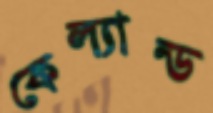
কেল্যান্ড